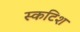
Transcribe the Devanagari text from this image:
स्कटिश